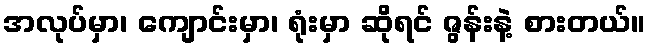
အလုပ်မှာ၊ ကျောင်းမှာ၊ ရုံးမှာ ဆိုရင် ဇွန်းနဲ့ စားတယ်။